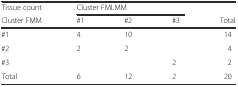
| Tissue count | <COLSPAN=3> Cluster FMLMM |  |
 | Cluster FMM | #1 | #2 | #3 | Total |
 | --- | --- | --- | --- | --- |
 | #1 | 4 | 10 |  | 14 |
 | #2 | 2 | 2 |  | 4 |
 | #3 |  |  | 2 | 2 |
 | Total | 6 | 12 | 2 | 20 |